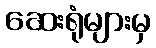
ဆေးရုံများမှ